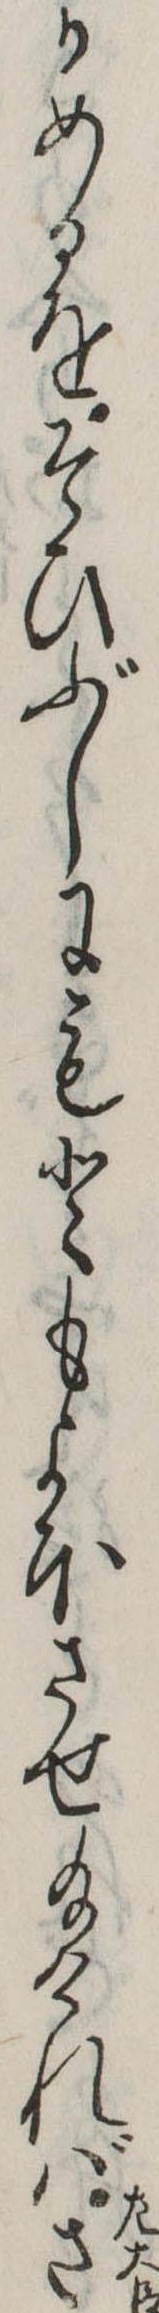
かめるをそひぶしにもともよほさせ給ければさ